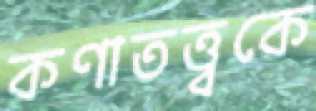
কণাতত্ত্বকে